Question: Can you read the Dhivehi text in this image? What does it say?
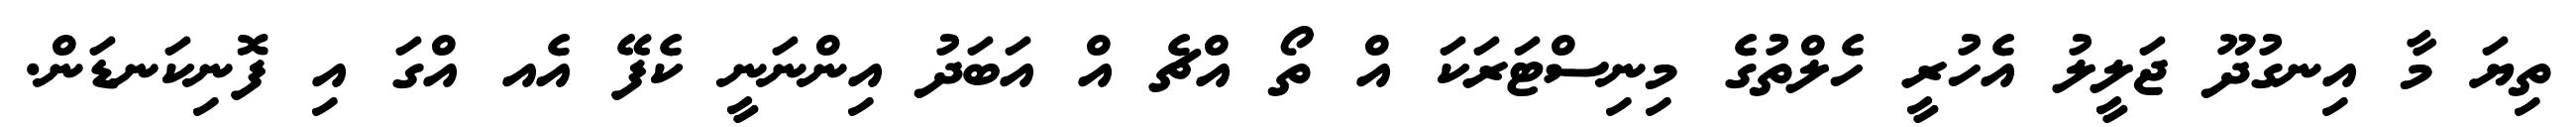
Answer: ތިޔަ މާ އިނގުދޫ ޖަލީލު އެހުރީ ހެލްތުގެ މިނިސްޓަރަކަ އް ތޯ އްޗެ އް އަބަދު އިންނަނީ ކެފޭ އެއ އްގަ އި ފޮނިކަނޑަން.